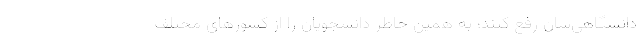
دانشگاهی‌شان رفع کنند؛ به همین خاطر دانشجویان را از کشورهای مختلف